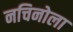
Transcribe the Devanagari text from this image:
नचिनोला